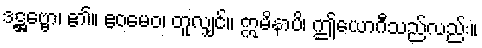
ဒဋ္ဌဗ္ဗော၊ ၏။ ဧဝမေဝ၊ တူလျှင်။ ဣမိနာပိ၊ ဤယောဂီသည်လည်း။